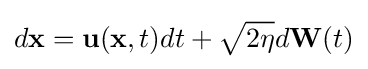
d{\bf {x}}={\bf {u}}({\bf {x}},t)dt+{\sqrt {2\eta }}d{\bf {W}}(t)